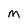
Character: M